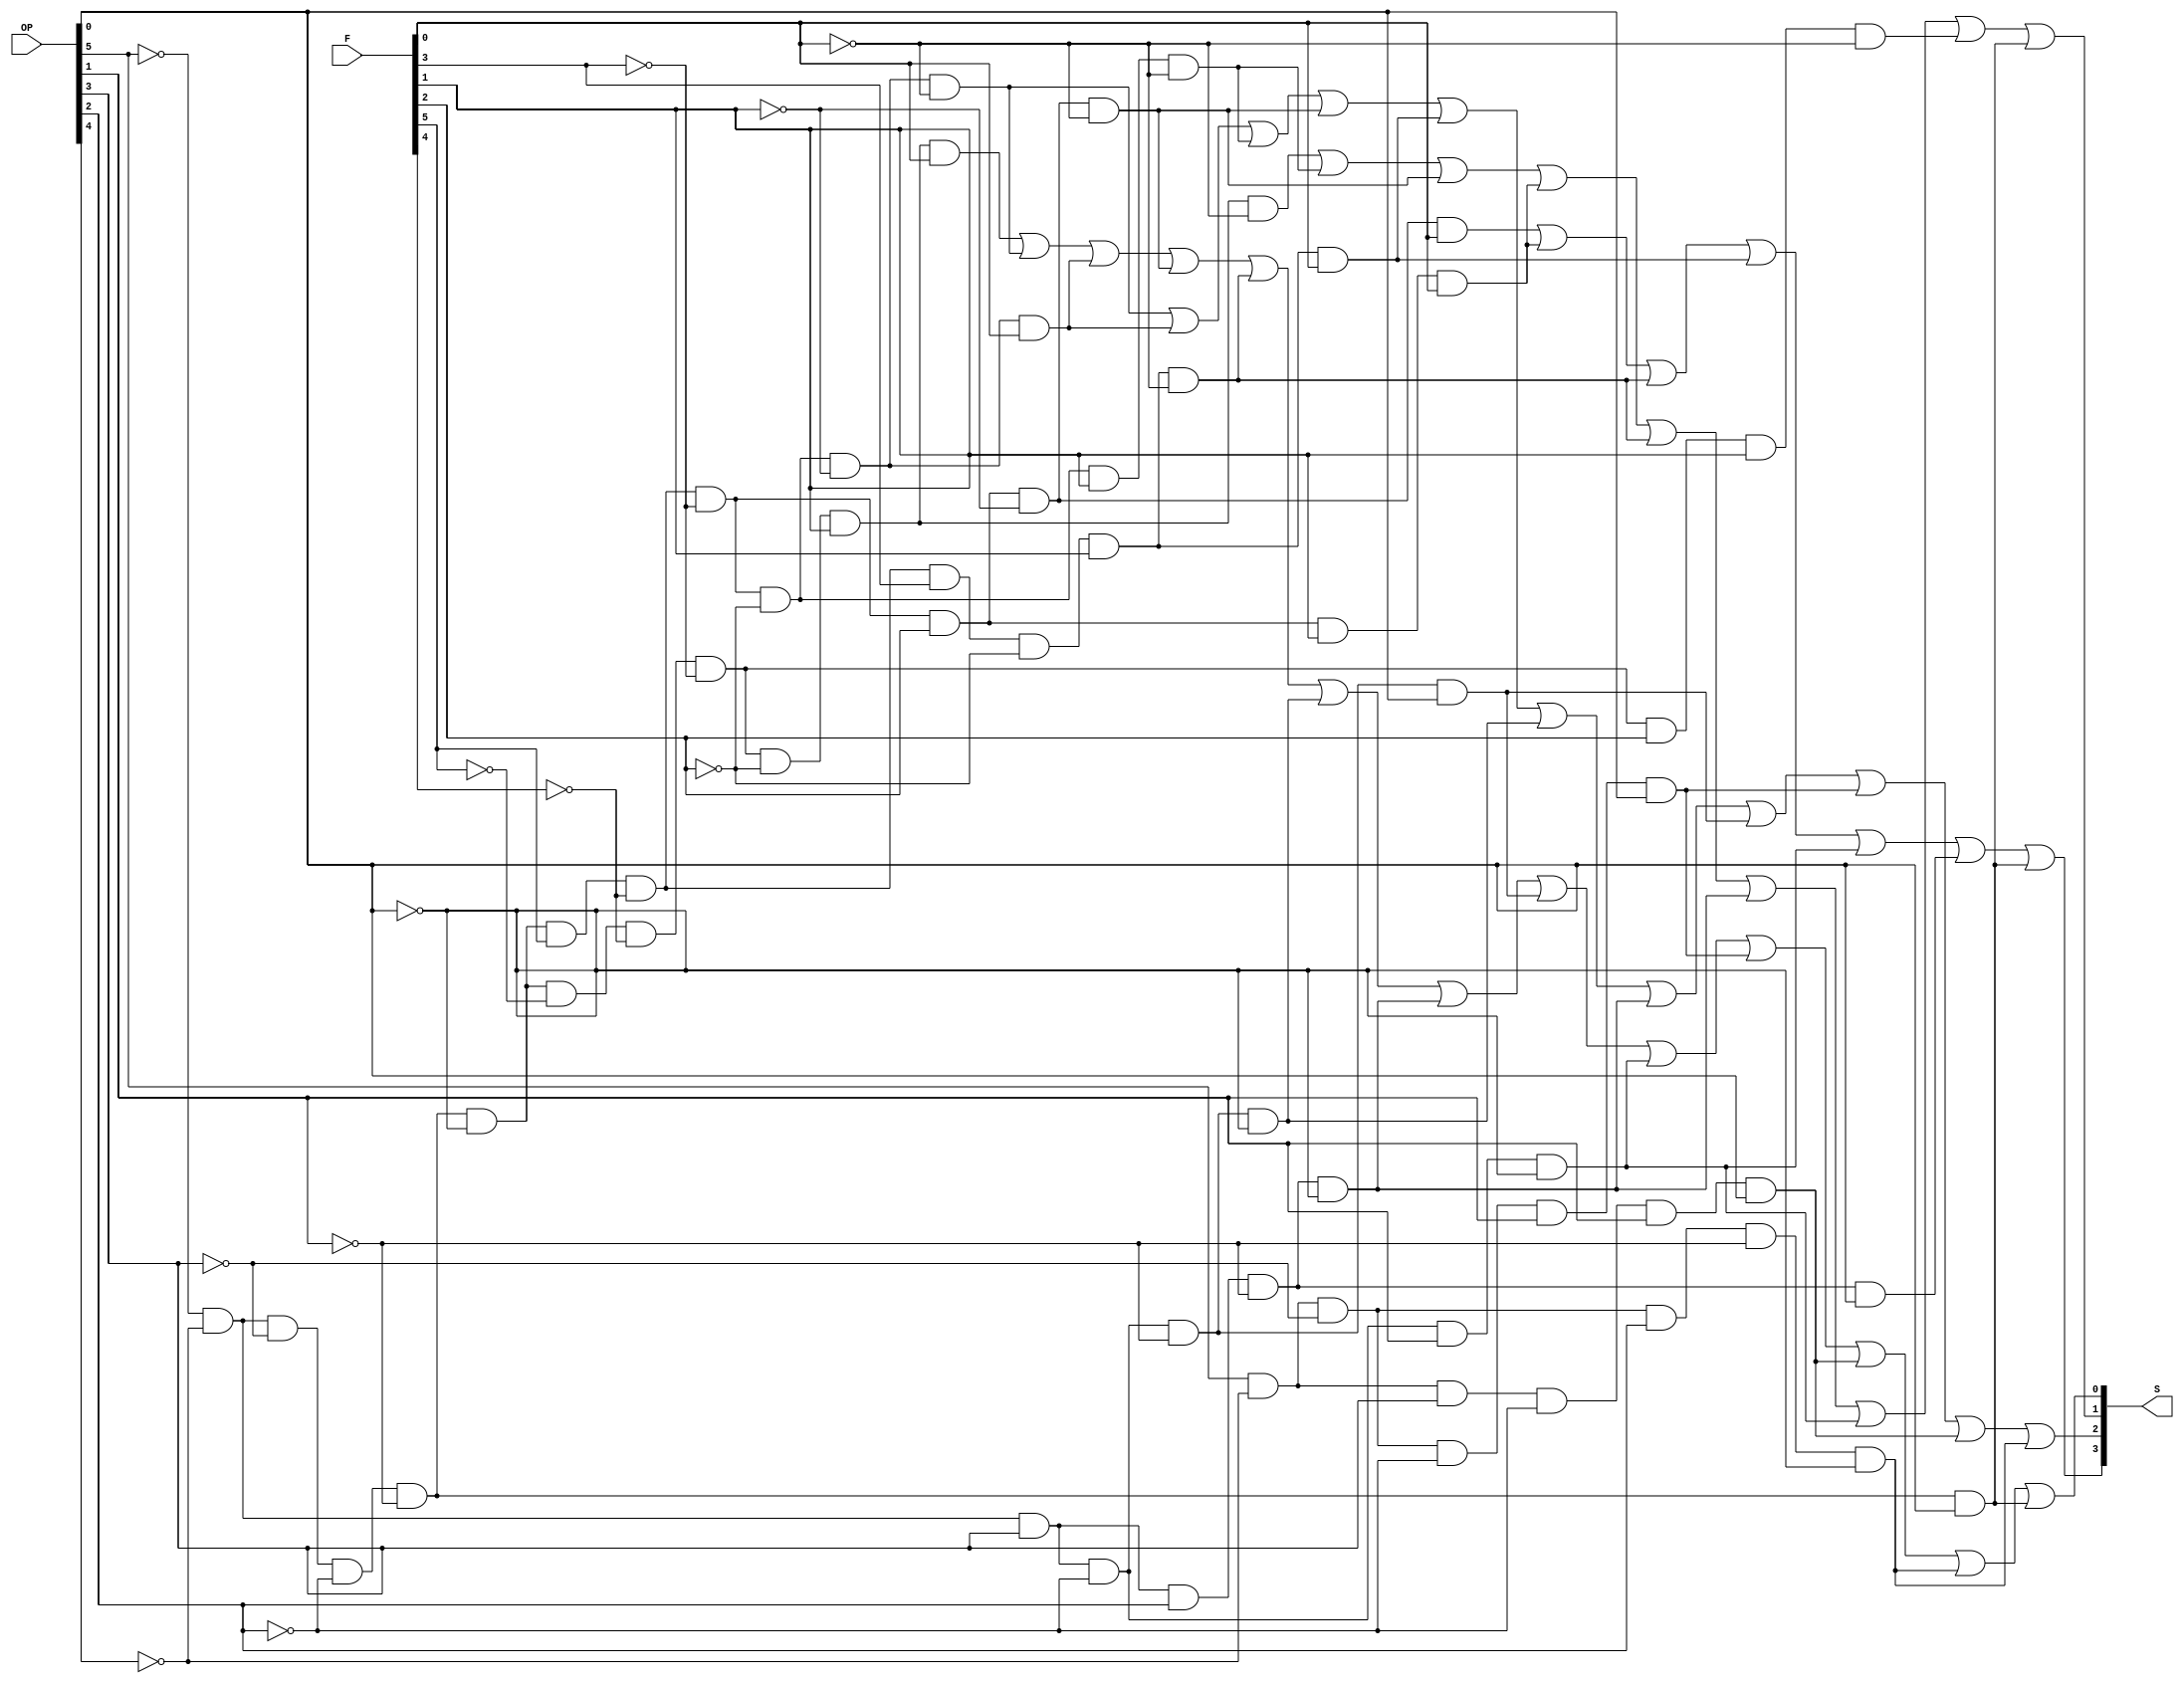
`timescale 1ns / 1ps
//////////////////////////////////////////////////////////////////////////////////
// Company: 
// Engineer: 
// 
// Design Name: 
// Module Name: ALU_Controller
// Project Name: 
// Target Devices: 
// Tool Versions: 
// Description: 
// 
// Dependencies: 
// 
// Revision:
// Revision 0.01 - File Created
// Additional Comments:
// 
//////////////////////////////////////////////////////////////////////////////////


module ALU_Controller(OP, F, S);
    input[5:0] OP, F;
    output[3:0] S;
    assign S[0]=(~OP[5]&~OP[4]&~OP[3]&~OP[2]&~OP[1]&~OP[0]&~F[5]&~F[4]&~F[3]&~F[2]&F[1]&F[0])|
        (~OP[5]&~OP[4]&~OP[3]&~OP[2]&~OP[1]&~OP[0]&F[5]&~F[4]&~F[3]&~F[2]&~F[1]&~F[0])|
        (~OP[5]&~OP[4]&~OP[3]&~OP[2]&~OP[1]&~OP[0]&F[5]&~F[4]&~F[3]&~F[2]&~F[1]&F[0])|
        (~OP[5]&~OP[4]&~OP[3]&~OP[2]&~OP[1]&~OP[0]&F[5]&~F[4]&~F[3]&F[2]&~F[1]&~F[0])|
        (~OP[5]&~OP[4]&~OP[3]&~OP[2]&~OP[1]&~OP[0]&F[5]&~F[4]&F[3]&~F[2]&F[1]&~F[0])|
        (~OP[5]&~OP[4]&OP[3]&~OP[2]&~OP[1]&~OP[0])|
        (~OP[5]&~OP[4]&OP[3]&OP[2]&~OP[1]&~OP[0])|
        (~OP[5]&~OP[4]&OP[3]&~OP[2]&~OP[1]&OP[0])|
        (~OP[5]&~OP[4]&OP[3]&~OP[2]&OP[1]&~OP[0])|
        (OP[5]&~OP[4]&~OP[3]&~OP[2]&OP[1]&OP[0])|
        (OP[5]&~OP[4]&OP[3]&~OP[2]&OP[1]&OP[0])|
        (OP[5]&~OP[4]&~OP[3]&OP[2]&~OP[1]&~OP[0])|
        (~OP[5]&~OP[4]&~OP[3]&~OP[2]&~OP[1]&OP[0]);
    assign S[1]=(~OP[5]&~OP[4]&~OP[3]&~OP[2]&~OP[1]&~OP[0]&~F[5]&~F[4]&~F[3]&~F[2]&F[1]&~F[0])|
        (~OP[5]&~OP[4]&~OP[3]&~OP[2]&~OP[1]&~OP[0]&F[5]&~F[4]&~F[3]&~F[2]&F[1]&~F[0])|
        (~OP[5]&~OP[4]&~OP[3]&~OP[2]&~OP[1]&~OP[0]&F[5]&~F[4]&~F[3]&F[2]&~F[1]&~F[0])|
        (~OP[5]&~OP[4]&~OP[3]&~OP[2]&~OP[1]&~OP[0]&F[5]&~F[4]&~F[3]&F[2]&F[1]&F[0])|
        (~OP[5]&~OP[4]&~OP[3]&~OP[2]&~OP[1]&~OP[0]&F[5]&~F[4]&F[3]&~F[2]&F[1]&~F[0])|
        (~OP[5]&~OP[4]&OP[3]&OP[2]&~OP[1]&~OP[0])|
        (~OP[5]&~OP[4]&OP[3]&~OP[2]&OP[1]&~OP[0])|
        (~OP[5]&~OP[4]&~OP[3]&~OP[2]&~OP[1]&~OP[0]&~F[5]&~F[4]&~F[3]&F[2]&F[1]&~F[0])|
        (~OP[5]&~OP[4]&~OP[3]&~OP[2]&~OP[1]&OP[0]);
    assign S[2]=(~OP[5]&~OP[4]&~OP[3]&~OP[2]&~OP[1]&~OP[0]&F[5]&~F[4]&~F[3]&~F[2]&~F[1]&~F[0])|
        (~OP[5]&~OP[4]&~OP[3]&~OP[2]&~OP[1]&~OP[0]&F[5]&~F[4]&~F[3]&~F[2]&~F[1]&F[0])|
        (~OP[5]&~OP[4]&~OP[3]&~OP[2]&~OP[1]&~OP[0]&F[5]&~F[4]&~F[3]&~F[2]&F[1]&~F[0])|
        (~OP[5]&~OP[4]&~OP[3]&~OP[2]&~OP[1]&~OP[0]&F[5]&~F[4]&~F[3]&F[2]&~F[1]&~F[0])|
        (~OP[5]&~OP[4]&~OP[3]&~OP[2]&~OP[1]&~OP[0]&F[5]&~F[4]&F[3]&~F[2]&F[1]&F[0])|
        (~OP[5]&~OP[4]&OP[3]&~OP[2]&~OP[1]&~OP[0])|
        (~OP[5]&~OP[4]&OP[3]&OP[2]&~OP[1]&~OP[0])|
        (~OP[5]&~OP[4]&OP[3]&~OP[2]&~OP[1]&OP[0])|
        (OP[5]&~OP[4]&~OP[3]&~OP[2]&OP[1]&OP[0])|
        (OP[5]&~OP[4]&OP[3]&~OP[2]&OP[1]&OP[0])|
        (OP[5]&~OP[4]&~OP[3]&OP[2]&~OP[1]&~OP[0]);
    assign S[3]=(~OP[5]&~OP[4]&~OP[3]&~OP[2]&~OP[1]&~OP[0]&F[5]&~F[4]&~F[3]&F[2]&~F[1]&F[0])|
        (~OP[5]&~OP[4]&~OP[3]&~OP[2]&~OP[1]&~OP[0]&F[5]&~F[4]&~F[3]&F[2]&F[1]&F[0])|
        (~OP[5]&~OP[4]&~OP[3]&~OP[2]&~OP[1]&~OP[0]&F[5]&~F[4]&F[3]&~F[2]&F[1]&~F[0])|
        (~OP[5]&~OP[4]&~OP[3]&~OP[2]&~OP[1]&~OP[0]&F[5]&~F[4]&F[3]&~F[2]&F[1]&F[0])|
        (~OP[5]&~OP[4]&OP[3]&~OP[2]&OP[1]&~OP[0])|
        (~OP[5]&~OP[4]&OP[3]&OP[2]&~OP[1]&OP[0])|
        (~OP[5]&~OP[4]&~OP[3]&~OP[2]&~OP[1]&OP[0]);
endmodule